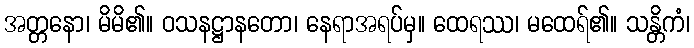
အတ္တနော၊ မိမိ၏။ ဝသနဋ္ဌာနတော၊ နေရာအရပ်မှ။ ထေရဿ၊ မထေရ်၏။ သန္တိကံ၊